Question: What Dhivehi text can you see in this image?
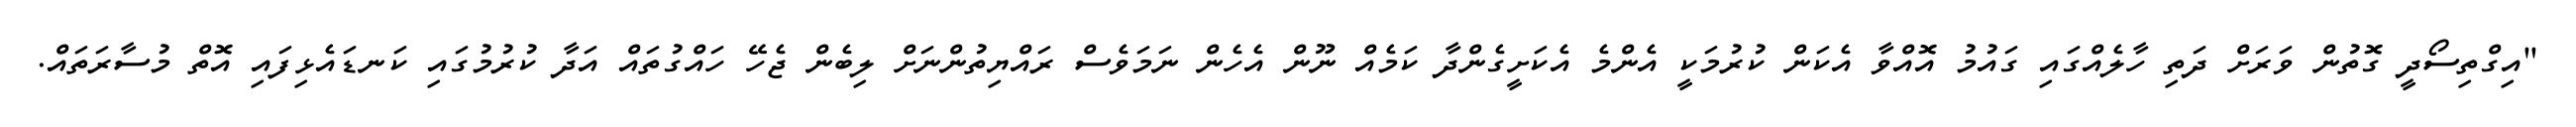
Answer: "އިގްތިސޯދީ ގޮތުން ވަރަށް ދަތި ހާލެއްގައި ގައުމު އޮއްވާ އެކަން ކުރުމަކީ އެންމެ އެކަށީގެންދާ ކަމެއް ނޫން އެހެން ނަމަވެސް ރައްޔިތުންނަށް ލިބެން ޖެހޭ ހައްގުތައް އަދާ ކުރުމުގައި ކަނޑައެޅިފައި އޮތް މުސާރަތައް.